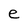
Character: e